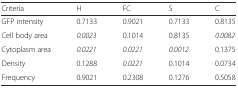
<table><thead><tr><td><b>Criteria</b></td><td><b>H</b></td><td><b>FC</b></td><td><b>S</b></td><td><b>C</b></td></tr></thead><tbody><tr><td>GFP intensity</td><td>0.7133</td><td>0.9021</td><td>0.7133</td><td>0.8135</td></tr><tr><td>Cell body area</td><td><i>0.0023</i></td><td>0.1014</td><td>0.8135</td><td><i>0.0082</i></td></tr><tr><td>Cytoplasm area</td><td><i>0.0221</i></td><td><i>0.0221</i></td><td><i>0.0012</i></td><td>0.1375</td></tr><tr><td>Density</td><td>0.1288</td><td><i>0.0221</i></td><td>0.1014</td><td>0.0734</td></tr><tr><td>Frequency</td><td>0.9021</td><td>0.2308</td><td>0.1276</td><td>0.5058</td></tr></tbody></table>